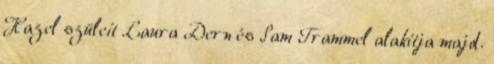
Hazel szüleit Laura Dern és Sam Trammel alakítja majd.